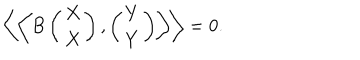
LaTeX: \left\langle \left\langle B \left( \begin{array} { c } { { X } } \\ { { X } } \\ \end{array} \right) , \left( \begin{array} { c } { { Y } } \\ { { Y } } \\ \end{array} \right) \right\rangle \right\rangle = 0 .